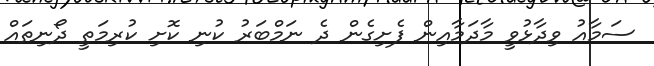
ސަމާއު ވިދާޅުވީ މާދަމާއިން ފެށިގެން ދެ ނަމްބަރު ކުނި ކޮށި ކުރިމަތީ ދޯނިތައް